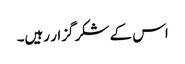
اس کے شکر گزار رہیں۔